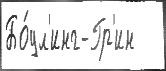
Бо́ул'инг-Гр'ин